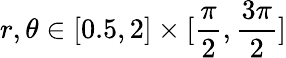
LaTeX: r,\theta\in[0.5,2]\times[\frac{\pi}{2},\frac{3\pi}{2}]